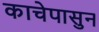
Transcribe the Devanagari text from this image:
काचेपासुन